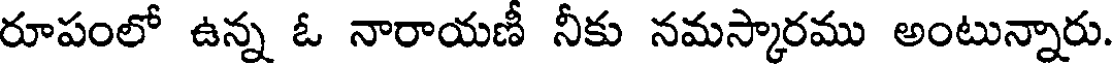
రూపంలో ఉన్న ఓ నారాయణీ నీకు నమస్కారము అంటున్నారు.